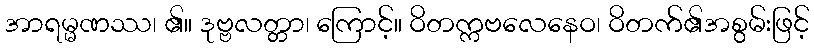
အာရမ္မဏဿ၊ ၏။ ဒုဗ္ဗလတ္တာ၊ ကြောင့်။ ဝိတက္ကဗလေနေဝ၊ ဝိတက်၏အစွမ်းဖြင့်